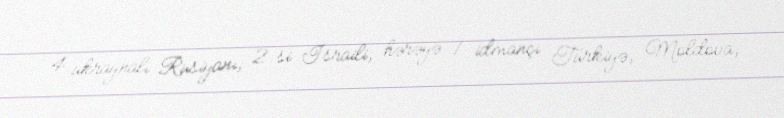
4 ukraynalı Rusiyanı, 2-si İsraili, hərəyə 1 idmançı Türkiyə, Moldova,